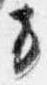
方